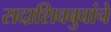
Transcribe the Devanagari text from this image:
सदाशिवबुवांचे